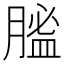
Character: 𦞟